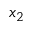
x _ { 2 }